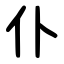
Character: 仆